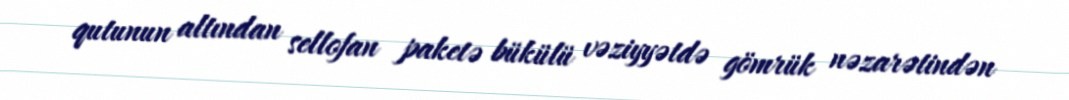
qutunun altından sellofan paketə bükülü vəziyyətdə gömrük nəzarətindən